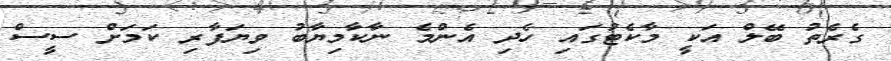
ގެރެތު ބޭލް އަކީ މާކެޓުގައި ހެދި އެންމެ ނާކާމިޔާބު ވިޔަފާރި ކަމަށް ސީސް